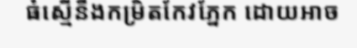
ធំស្មើនឹងកម្រិតកែវភ្នែក ដោយអាច